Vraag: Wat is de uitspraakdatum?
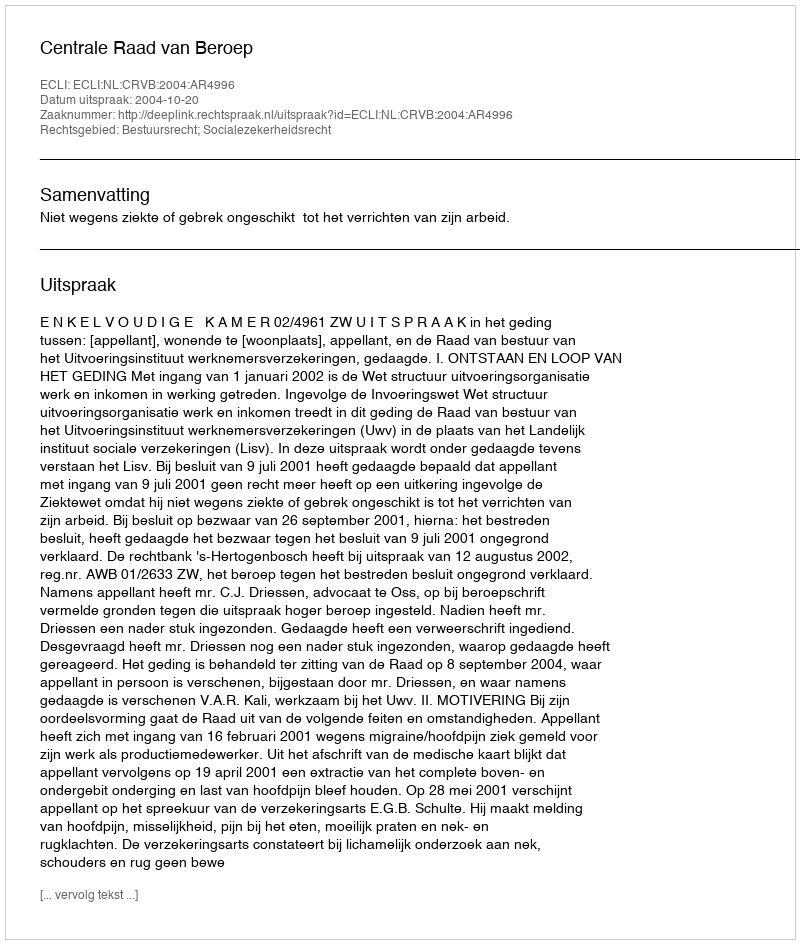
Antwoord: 2004-10-20